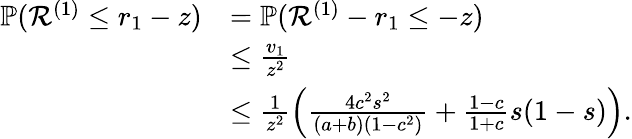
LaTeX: \begin{array}{rl}{\mathbb{P}({\mathcal{R}}^{(1)}\leq r_{1}-z)}&{=\mathbb{P}({\mathcal{R}}^{(1)}-r_{1}\leq-z)}\\ &{\leq\frac{v_{1}}{z^{2}}}\\ &{\leq\frac{1}{z^{2}}\left(\frac{4c^{2}s^{2}}{(a+b)(1-c^{2})}+\frac{1-c}{1+c}s(1-s)\right).}\end{array}